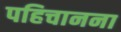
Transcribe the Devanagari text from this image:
पहिचानना